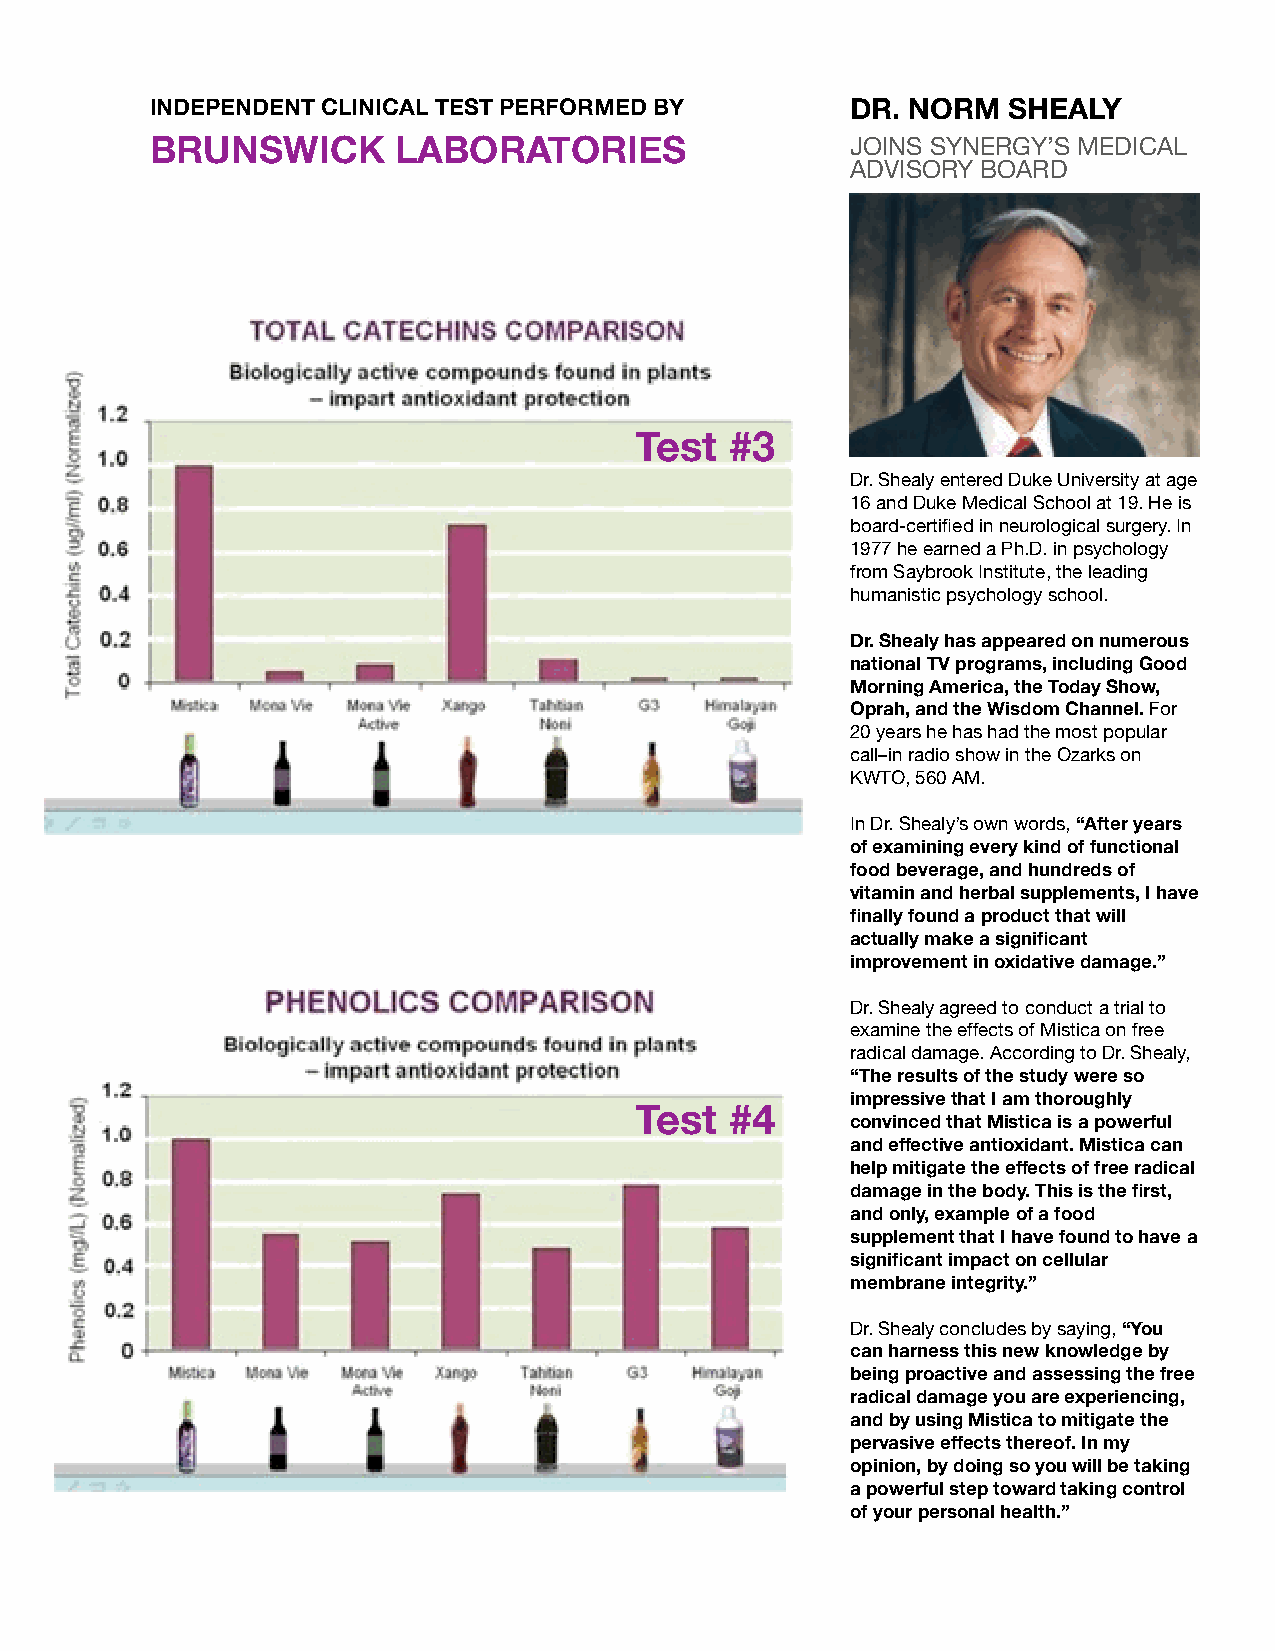
INDEPENDENT CLINICAL TEST PERFORMED BY        DR. NORM   SHEALY
 BRUNSWICK       LABORATORIES                  JOINS SYNERGY’S MEDICAL
 ADVISORY BOARD
 Test  #3
 Dr. Shealy entered Duke University at age
 16 and Duke Medical School at 19. He is
 board-certified in neurological surgery. In
 1977 he earned a Ph.D. in psychology
 from Saybrook Institute, the leading
 humanistic psychology school.
 Dr. Shealy has appeared on numerous
 national TV programs, including Good
 Morning America, the Today Show,
 Oprah, and the Wisdom Channel. For
 20 years he has had the most popular
 call–in radio show in the Ozarks on
 KWTO, 560 AM.
 In Dr. Shealy’s own words, “After years
 of examining every kind of functional
 food beverage, and hundreds of
 vitamin and herbal supplements, I have
 finally found a product that will
 actually make a significant
 improvement in oxidative damage.”
 Dr. Shealy agreed to conduct a trial to
 examine the effects of Mistica on free
 radical damage. According to Dr. Shealy,
 “The results of the study were so
 impressive that I am thoroughly
 Test  #4
 convinced that Mistica is a powerful
 and effective antioxidant. Mistica can
 help mitigate the effects of free radical
 damage in the body. This is the first,
 and only, example of a food
 supplement that I have found to have a
 significant impact on cellular
 membrane integrity.”
 Dr. Shealy concludes by saying, “You
 can harness this new knowledge by
 being proactive and assessing the free
 radical damage you are experiencing,
 and by using Mistica to mitigate the
 pervasive effects thereof. In my
 opinion, by doing so you will be taking
 a powerful step toward taking control
 of your personal health.”